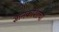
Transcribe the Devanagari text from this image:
ज्ञानकोशाचा